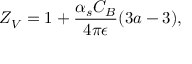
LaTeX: Z _ { V } = 1 + \frac { \alpha _ { s } C _ { B } } { 4 \pi \epsilon } ( 3 a - 3 ) ,